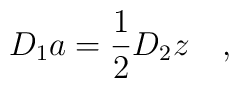
D_1 a = \frac 12 D_2 z \quad,